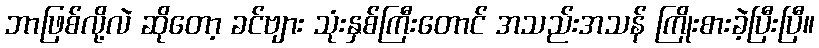
ဘာဖြစ်လို့လဲ ဆိုတော့ ခင်ဗျား သုံးနှစ်ကြီးတောင် အသည်းအသန် ကြိုးစားခဲ့ပြီးပြီ။